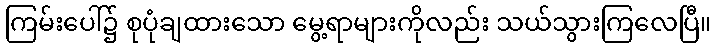
ကြမ်းပေါ်၌ စုပုံချထားသော မွေ့ရာများကိုလည်း သယ်သွားကြလေပြီ။